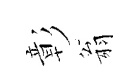
彰翁